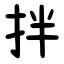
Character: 拌